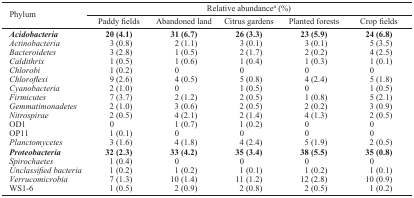
<table><thead><tr><td rowspan="3"><b>Phylum</b></td><td colspan="5"><b>Relative abundancea (%)</b></td></tr><tr><td><b>Paddy fields</b></td><td><b>Abandoned land</b></td><td><b>Citrus gardens</b></td><td><b>Planted forests</b></td><td><b>Crop fields</b></td></tr></thead><tbody><tr><td><b><i>Acidobacteria</i></b></td><td><b>20 (4.1)</b></td><td><b>31 (6.7)</b></td><td><b>26 (3.3)</b></td><td><b>23 (5.9)</b></td><td><b>24 (6.8)</b></td></tr><tr><td><i>Actinobacteria</i></td><td>3 (0.8)</td><td>2 (1.1)</td><td>3 (0.1)</td><td>3 (0.1)</td><td>5 (3.5)</td></tr><tr><td><i>Bacteroidetes</i></td><td>3 (2.8)</td><td>1 (0.5)</td><td>2 (1.7)</td><td>2 (0.2)</td><td>4 (2.5)</td></tr><tr><td><i>Caldithrix</i></td><td>1 (0.5)</td><td>1 (0.6)</td><td>1 (0.4)</td><td>1 (0.3)</td><td>1 (0.1)</td></tr><tr><td><i>Chlorobi</i></td><td>1 (0.2)</td><td>0</td><td>0</td><td>0</td><td>0</td></tr><tr><td><i>Chloroflexi</i></td><td>9 (2.6)</td><td>4 (0.5)</td><td>5 (0.8)</td><td>4 (2.4)</td><td>5 (1.8)</td></tr><tr><td><i>Cyanobacteria</i></td><td>2 (1.0)</td><td>0</td><td>1 (0.5)</td><td>0</td><td>1 (0.5)</td></tr><tr><td><i>Firmicutes</i></td><td>7 (3.7)</td><td>2 (1.2)</td><td>2 (0.5)</td><td>1 (0.8)</td><td>5 (2.1)</td></tr><tr><td><i>Gemmatimonadetes</i></td><td>2 (1.0)</td><td>3 (0.6)</td><td>2 (0.5)</td><td>2 (0.2)</td><td>3 (0.9)</td></tr><tr><td><i>Nitrospirae</i></td><td>2 (0.5)</td><td>4 (2.1)</td><td>2 (1.4)</td><td>4 (1.3)</td><td>2 (0.5)</td></tr><tr><td>OD1</td><td>0</td><td>1 (0.7)</td><td>1 (0.2)</td><td>0</td><td>0</td></tr><tr><td>OP11</td><td>1 (0.1)</td><td>0</td><td>0</td><td>0</td><td>0</td></tr><tr><td><i>Planctomycetes</i></td><td>3 (1.6)</td><td>4 (1.8)</td><td>4 (2.4)</td><td>5 (1.9)</td><td>2 (0.5)</td></tr><tr><td><b><i>Proteobacteria</i></b></td><td><b>32 (2.3)</b></td><td><b>33 (4.2)</b></td><td><b>35 (3.4)</b></td><td><b>38 (5.5)</b></td><td><b>35 (0.8)</b></td></tr><tr><td><i>Spirochaetes</i></td><td>1 (0.4)</td><td>0</td><td>0</td><td>0</td><td>0</td></tr><tr><td><i>Unclassified bacteria</i></td><td>1 (0.2)</td><td>1 (0.2)</td><td>1 (0.1)</td><td>1 (0.2)</td><td>1 (0.1)</td></tr><tr><td><i>Verrucomicrobia</i></td><td>7 (1.3)</td><td>10 (1.4)</td><td>11 (1.2)</td><td>12 (2.8)</td><td>10 (0.9)</td></tr><tr><td>WS1-6</td><td>1 (0.5)</td><td>2 (0.9)</td><td>2 (0.8)</td><td>2 (0.5)</td><td>1 (0.2)</td></tr></tbody></table>